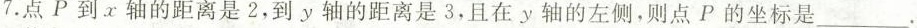
7.点P到x轴的距离是2，到y轴的距离是3，且在y轴的左侧，则点P的坐标是_________。